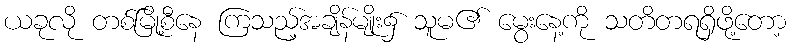
ယခုလို တစ်မြို့စီနေ ကြသည့်အချိန်မျိုး၌ သူမ၏ မွေးနေ့ကို သတိတရရှိဖို့တော့